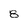
Character: 8